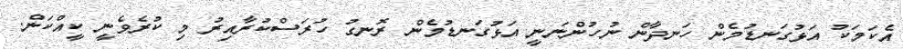
އެކަމަކު އަޅުގަނޑުމެން ހަނދާން ނުހުންނަނީ އަޅުގަނޑުމެން ރޮނގު ހުރަސްކުރާއިރު މި ކުރެވެނީ ކީއްކަން.